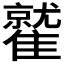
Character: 𩀻